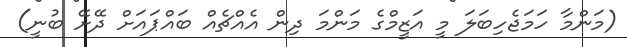
(މަންމާ ހަމަޖެހިބަލަ މީ އަޒީމްގެ މަންމަ ދިން އެއްޗެއް ބައްޕައަށް ދޭށޭ ބުނީ)